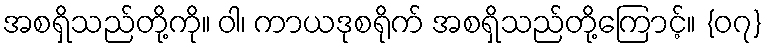
အစရှိသည်တို့ကို။ ဝါ၊ ကာယဒုစရိုက် အစရှိသည်တို့ကြောင့်။ {၀၇}